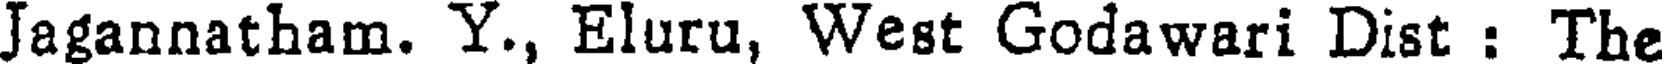
Jagannatham. Y., Eluru, West Godawari Dist : The